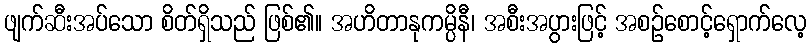
ဖျက်ဆီးအပ်သော စိတ်ရှိသည် ဖြစ်၏။ အဟိတာနုကမ္ပိနီ၊ အစီးအပွားဖြင့် အစဉ်စောင့်ရှောက်လေ့